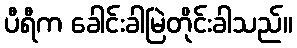
ပီရီက ခေါင်းခါမြဲတိုင်းခါသည်။